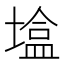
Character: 𪤒